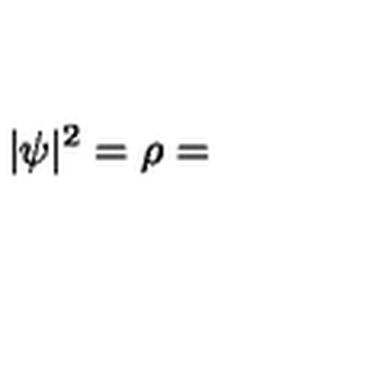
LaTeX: | \psi | ^ { 2 } = \rho =